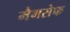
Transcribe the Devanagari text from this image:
मैगसेफ